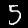
Digit: 5